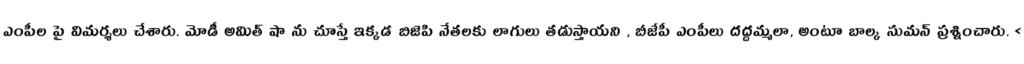
ఎంపీల పై విమర్శలు చేశారు. మోడీ అమిత్ షా ను చూస్తే ఇక్కడ బిజెపి నేతలకు లాగులు తడుస్తాయని , బీజేపీ ఎంపీలు దద్దమ్మలా, అంటూ బాల్క సుమన్ ప్రశ్నించారు. <